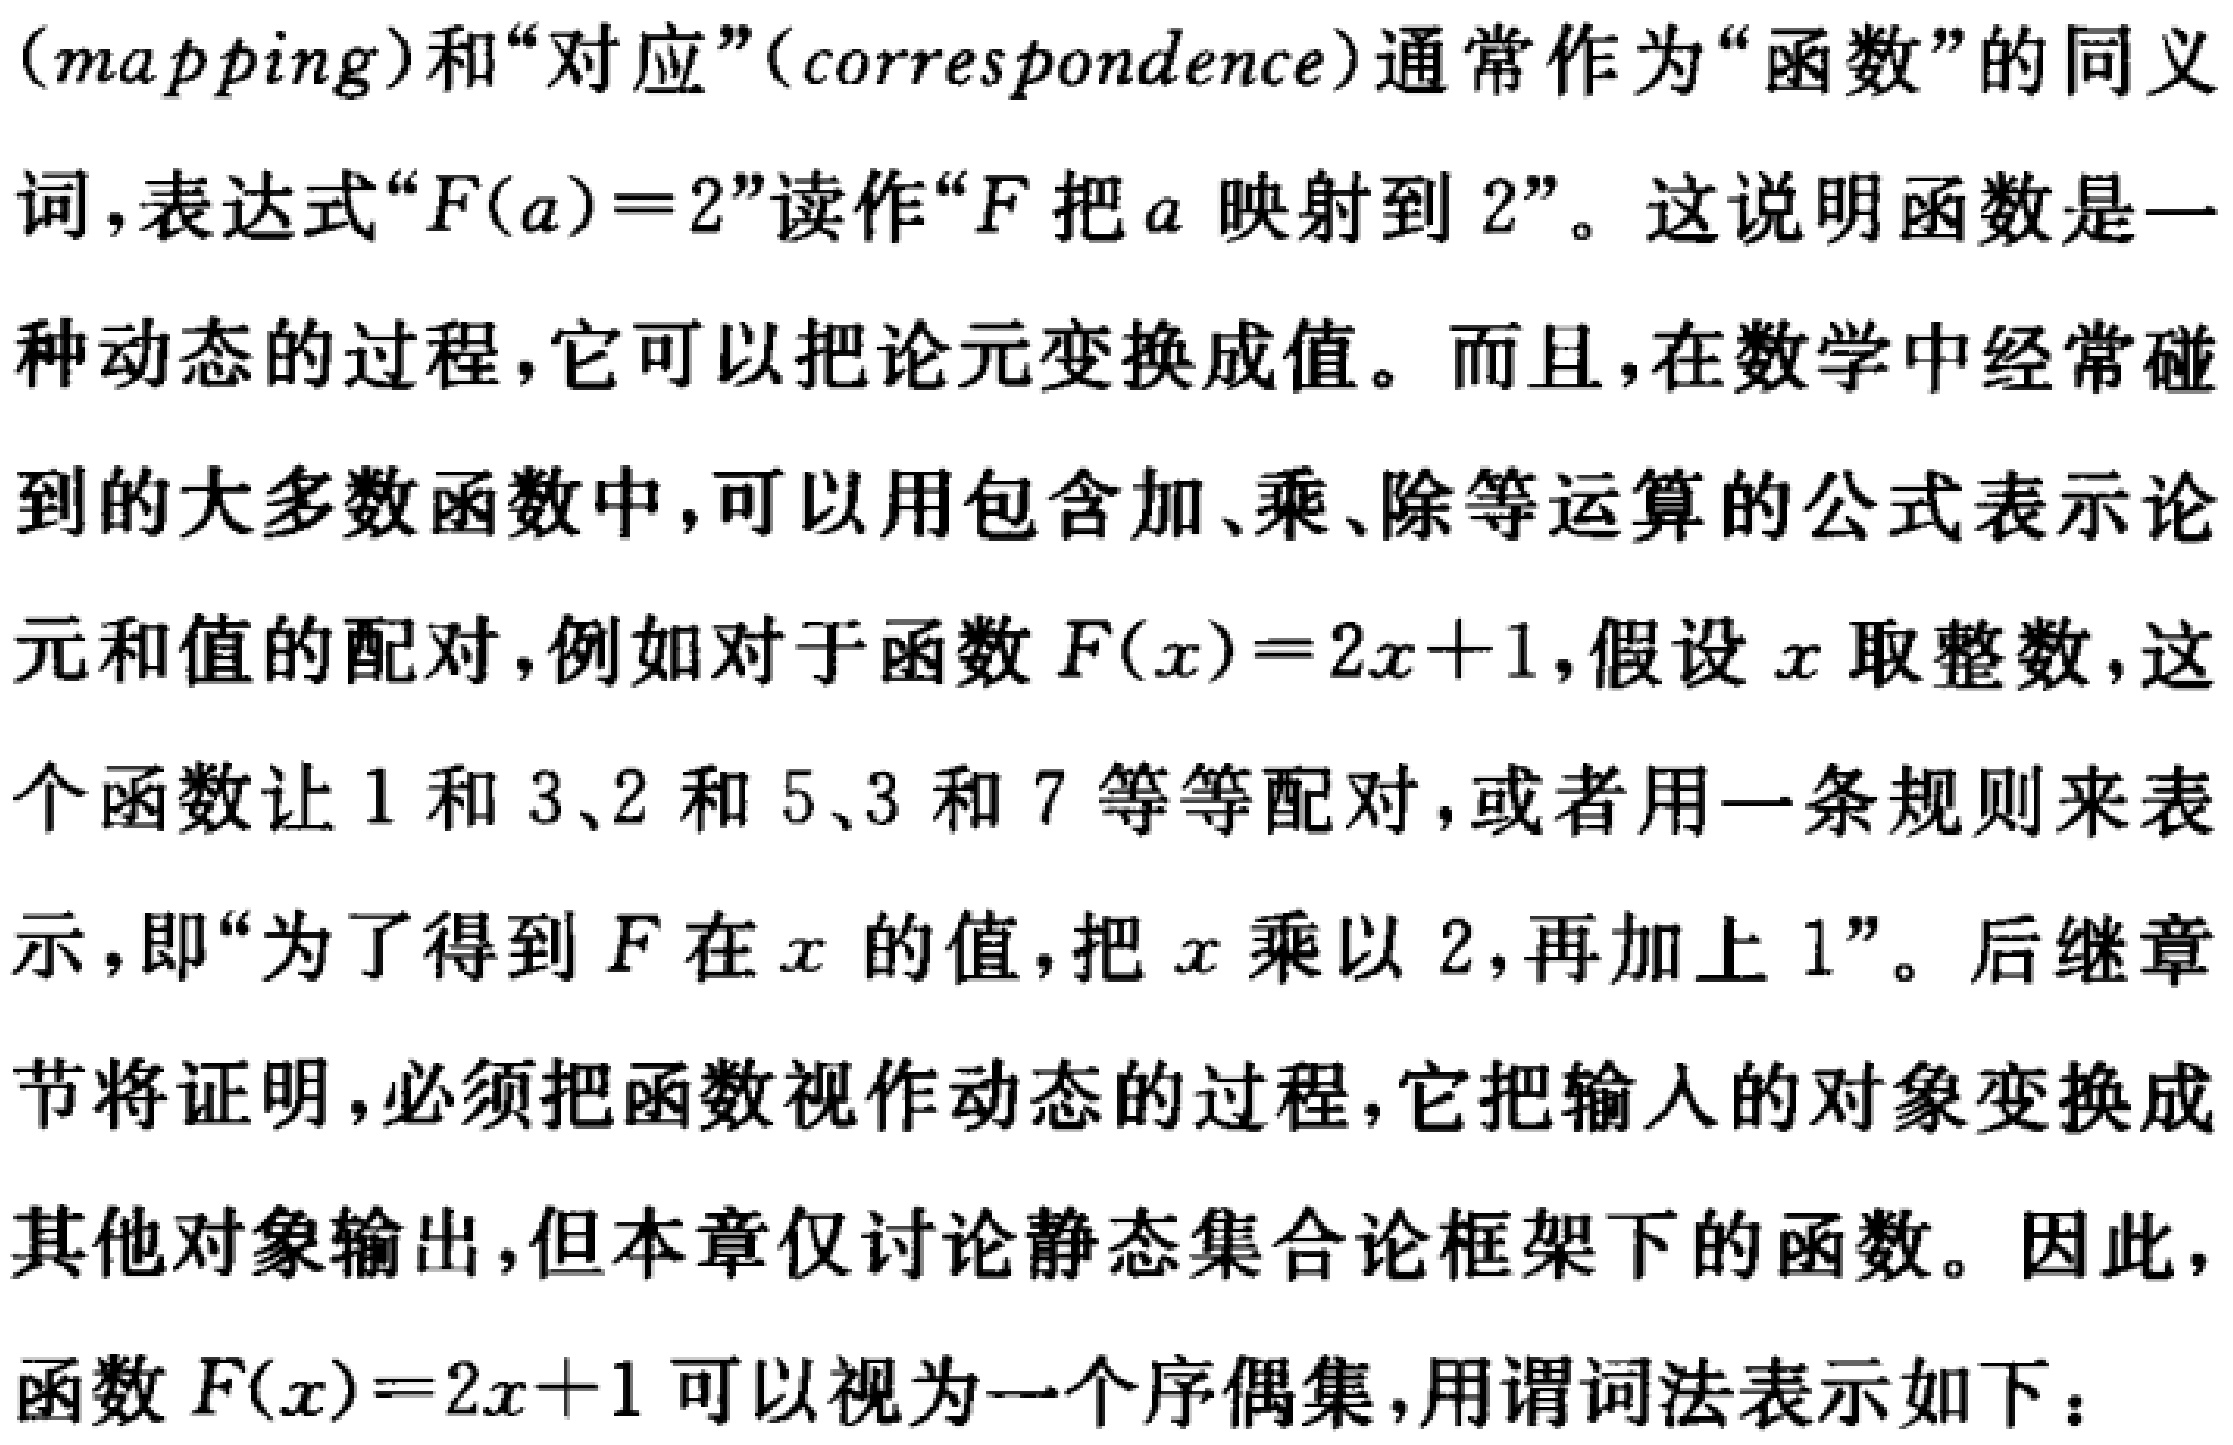
(mapping)和“对应”(correspondence)通常作为“函数”的同义词,表达式“$F(a)=2$”读作“$F$把$a$映射到$2$”。这说明函数是一种动态的过程,它可以把论元变换成值。而且,在数学中经常碰到的大多数函数中,可以用包含加、乘、除等运算的公式表示论元和值的配对,例如对于函数$F(x)=2x + 1$,假设$x$取整数,这个函数让$1$和$3$、$2$和$5$、$3$和$7$等等配对,或者用一条规则来表示,即“为了得到$F$在$x$的值,把$x$乘以$2$,再加上$1$”。后继章节将证明,必须把函数视作动态的过程,它把输入的对象变换成其他对象输出,但本章仅讨论静态集合论框架下的函数。因此,函数$F(x)=2x + 1$可以视为一个序偶集,用谓词法表示如下：